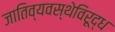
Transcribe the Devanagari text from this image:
जातिव्यवस्थेविरूद्ध